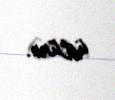
üstünə.